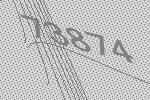
73874